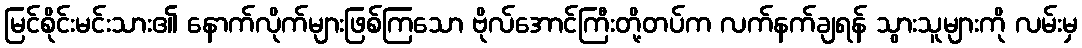
မြင်စိုင်းမင်းသား၏ နောက်လိုက်များဖြစ်ကြသော ဗိုလ်အောင်ကြီးတို့တပ်က လက်နက်ချရန် သွားသူများကို လမ်းမှ